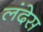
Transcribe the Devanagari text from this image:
लंदेस